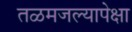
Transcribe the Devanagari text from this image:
तळमजल्यापेक्षा